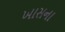
ખાસના